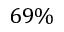
6 9 \%